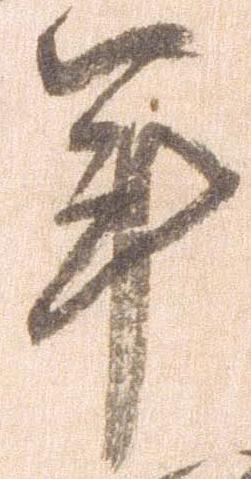
年